Statistical return of the lunatic asylum in Assam - 1912-1932
Year: 1912
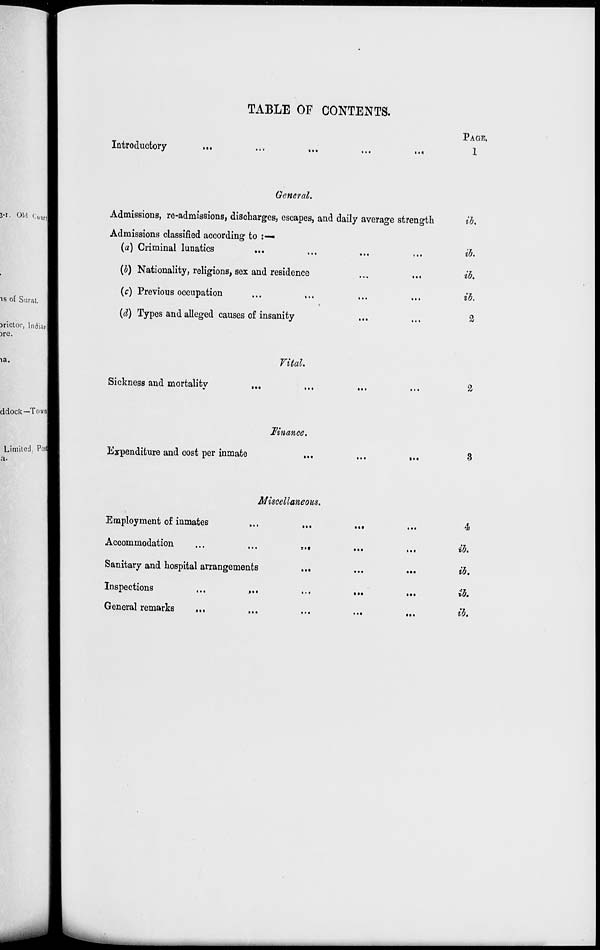
M. Old c 0 urfl
is of Surat.
jrietor, Indiarl
jre.
TABLE OF CONTENTS.
Introductory
General.
Admissions, re-admissions, discharges, escapes, and daily average strength
Admissions classified according to :—
(a) Criminal lunatics
...
(b) Nationality, religions, sex and residence
(c) Previous occupation
(d) Types and alleged causes of insanity
PAGE.
id.
id.
ib.
id.
2
ia.
Vital.
Sickness and mortalitv
2
ddock—Town!
Limited. Posl
Finance.
Expenditure and cost per inmate
i. •
8
Miscellaneous.
Employment of inmates
Accommodation
Sanitary and hospital arrangements
Inspections
General remarks
...
»••
4
ib.
ib*
ib.
ib.